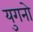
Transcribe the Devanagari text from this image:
युगनो